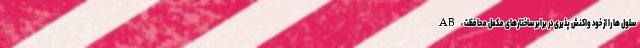
AB ، سلول ها را از خود واکنش پذیری در برابر ساختارهای مکمل محافظت